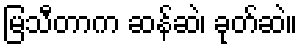
မြသီတာက ဆန်ဆဲ၊ ခုတ်ဆဲ။